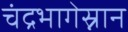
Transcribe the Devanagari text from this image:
चंद्रभागेस्नान